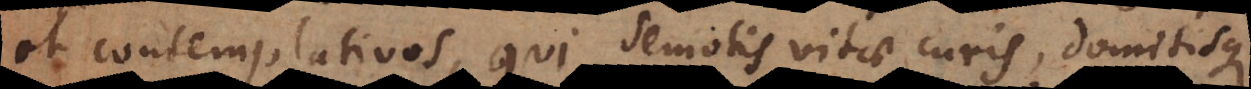
et contemplativos, qui semotis vitae curis, domitisque